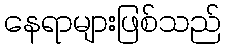
နေရာများဖြစ်သည်